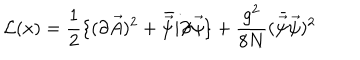
{ \cal L } ( x ) = { \frac { 1 } { 2 } } \{ ( \partial \vec { A } ) ^ { 2 } + \bar { \vec { \psi } } i \partial \llap / \vec { \psi } \} + { \frac { g ^ { 2 } } { 8 N } } ( \bar { \vec { \psi } } \vec { \psi } ) ^ { 2 }